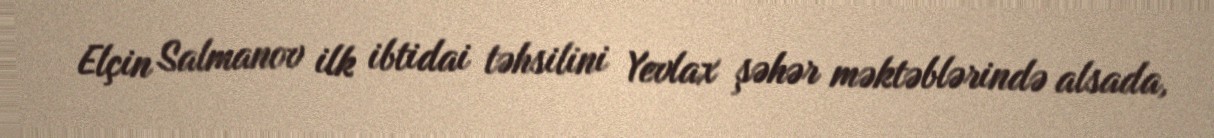
Elçin Salmanov ilk ibtidai təhsilini Yevlax şəhər məktəblərində alsada,